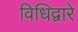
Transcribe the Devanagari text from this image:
विधिद्वारे